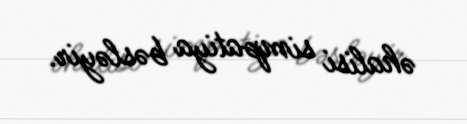
əhalisi simpatiya bəsləyir.